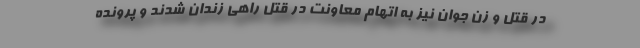
در قتل و زن جوان نیز به اتهام معاونت در قتل راهی زندان شدند و پرونده